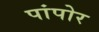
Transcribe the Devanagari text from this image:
पांपोर